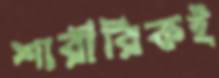
শারীরিকই